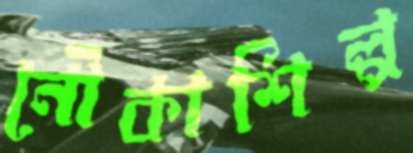
নৌকাশিল্প